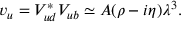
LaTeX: v _ { u } = V _ { u d } ^ { * } V _ { u b } \simeq A ( \rho - i \eta ) \lambda ^ { 3 } .